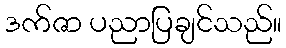
ဒက်ဇာ ပညာပြချင်သည်။